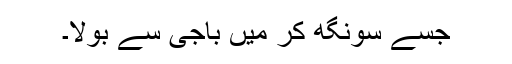
جسے سونگھ کر میں باجی سے بولا۔